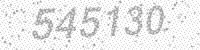
Solution: 545130